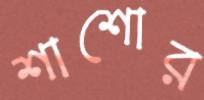
শাশোর